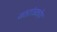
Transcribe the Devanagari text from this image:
जठरांत्रकोप